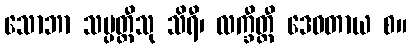
သောဘာ သမ္ပတ္တီသု သိရီ၊ လက္ခီတ္ထီ ဒေဝတာယ စ။